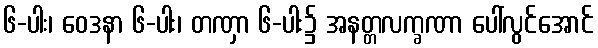
၆-ပါး၊ ဝေဒနာ ၆-ပါး၊ တဏှာ ၆-ပါး၌ အနတ္တလက္ခဏာ ပေါ်လွင်အောင်